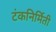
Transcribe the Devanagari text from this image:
टंकनिर्मिती